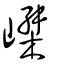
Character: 嵥